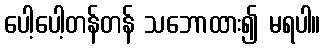
ပေါ့ပေါ့တန်တန် သဘောထား၍ မရပါ။